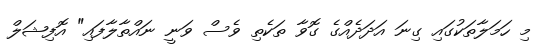
މި ހަމަލާތަކުގައި ގިނަ އަދަދެއްގެ ގޮވާ ތަކެތި ވެސް ވަނީ ނައްތާލާފައި" އޮފިޝަލް